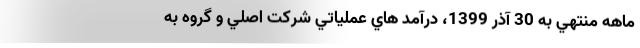
ماهه منتهي به 30 آذر 1399، درآمد هاي عملياتي شركت اصلي و گروه به